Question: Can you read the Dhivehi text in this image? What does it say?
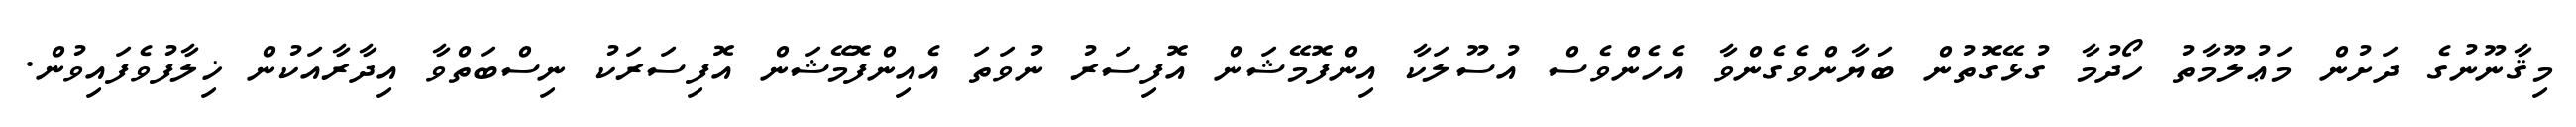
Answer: މިޤާނޫނުގެ ދަށުން މަޢުލޫމާތު ހޯދުމާ ގުޅޭގޮތުން ބަޔާންވެގެންވާ އެހެންވެސް އުސޫލަކާ އިންފޮމޭޝަން އޮފިސަރު ނުވަތަ އެއިންފޮމޭޝަން އޮފިސަރަކު ނިސްބަތްވާ އިދާރާއަކުން ޚިލާފުވެފައިވުން.